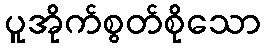
ပူအိုက်စွတ်စိုသော